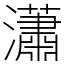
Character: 瀟